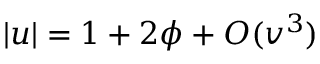
| u | = 1 + 2 \phi + O ( v ^ { 3 } )